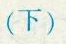
（下）